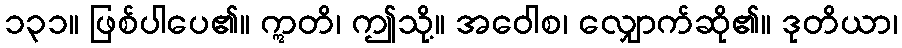
၁၃၁။ ဖြစ်ပါပေ၏။ ဣတိ၊ ဤသို့။ အဝေါစ၊ လျှောက်ဆို၏။ ဒုတိယာ၊